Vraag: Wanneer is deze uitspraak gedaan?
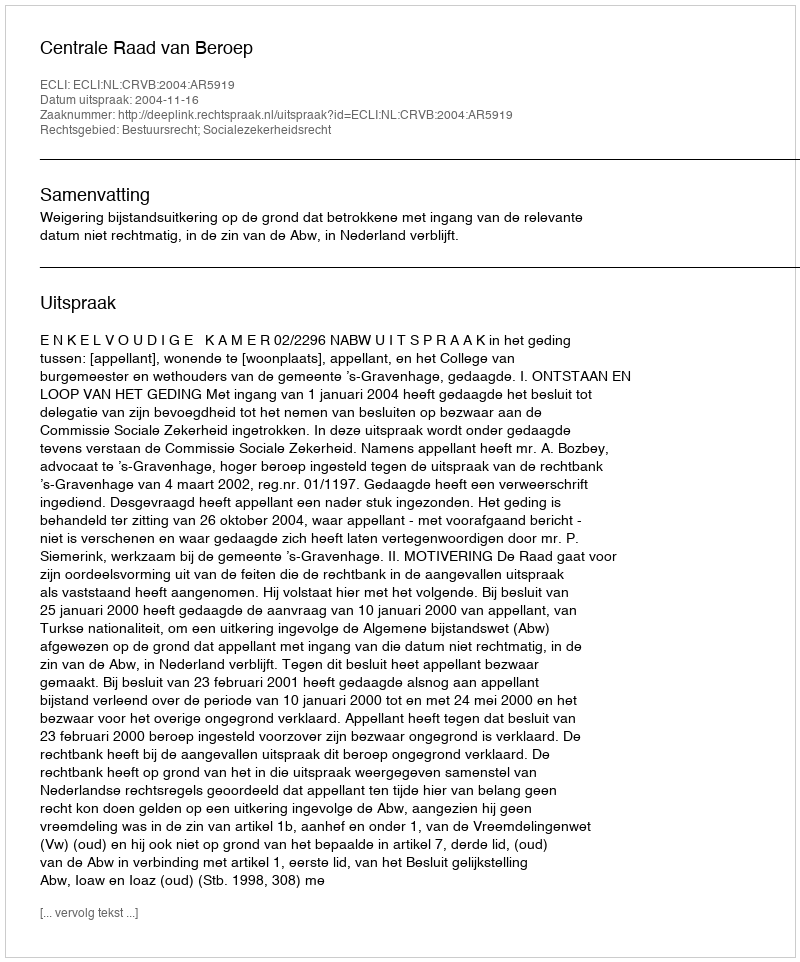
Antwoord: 2004-11-16